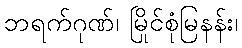
ဘရက်ဂုဏ်၊ မြိုင်စုံမြနန်း၊